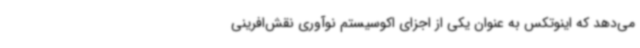
می‌دهد که اینوتکس به عنوان یکی از اجزای اکوسیستم نوآوری نقش‌افرینی